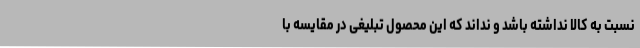
نسبت به کالا نداشته باشد و نداند که این محصول تبلیغی در مقایسه با